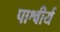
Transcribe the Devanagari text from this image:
पाश्वीर्य